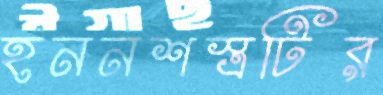
হননশস্ত্রটির